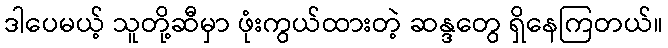
ဒါပေမယ့် သူတို့ဆီမှာ ဖုံးကွယ်ထားတဲ့ ဆန္ဒတွေ ရှိနေကြတယ်။